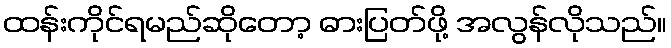
ထန်းကိုင်ရမည်ဆိုတော့ ဓားပြတ်ဖို့ အလွန်လိုသည်။